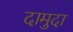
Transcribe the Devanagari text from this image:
दामुदा